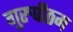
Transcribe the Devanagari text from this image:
गुरुपीठम